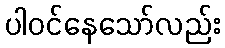
ပါဝင်နေသော်လည်း